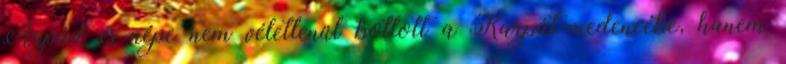
Árpád és népe nem véletlenül botlott a Kárpát-medencébe, hanem